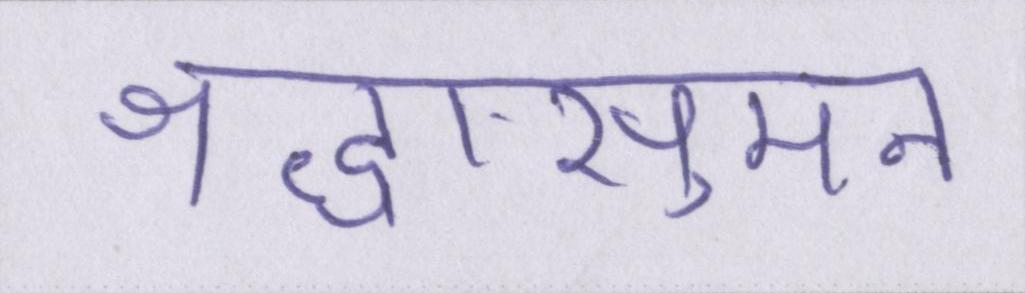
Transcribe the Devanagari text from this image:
श्रद्धासुमन